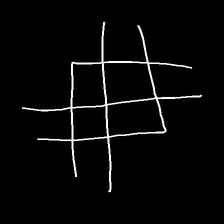
Glyph: crystal